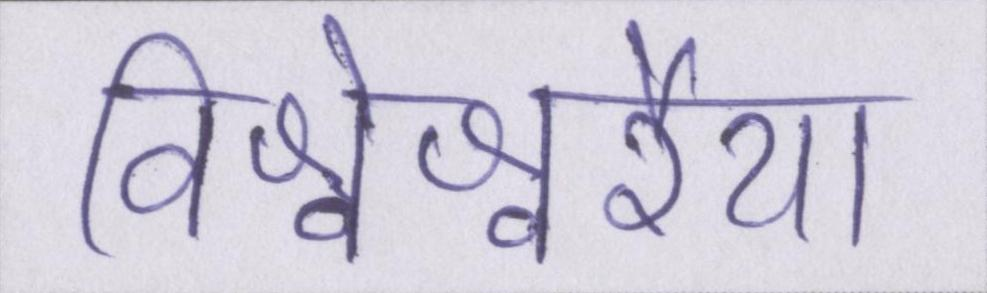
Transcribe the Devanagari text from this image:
विश्वेश्वरैया